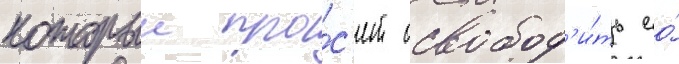
которыи про́с'ит освобод'и́ть ео́